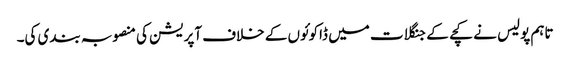
تاہم پولیس نے کچے کے جنگلات میں ڈاکوئوں کے خلاف آپریشن کی منصوبہ بندی کی۔